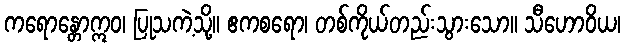
ကရောန္တောဣဝ၊ ပြုသကဲ့သို့။ ဧကစရော၊ တစ်ကိုယ်တည်းသွားသော။ သီဟောဝိယ၊